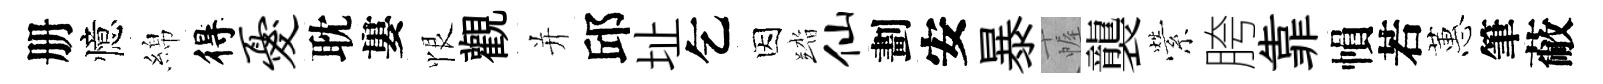
册憶綿得忧耽婁恨觀并邱址乞因踏仙劃安暴幄襲縈胯靠𢄙若蕙筆蔽